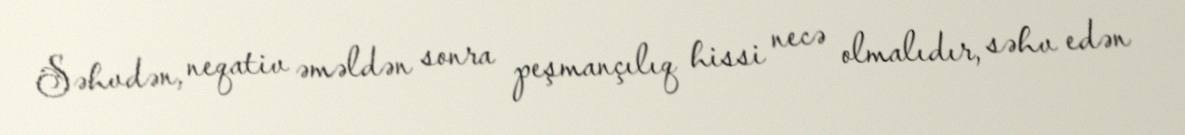
Səhvdən, neqativ əməldən sonra peşmançılıq hissi necə olmalıdır, səhv edən